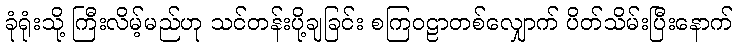
ခုံရုံးသို့ ကြီးလိမ့်မည်ဟု သင်တန်းပို့ချခြင်း စကြဝဠာတစ်လျှောက် ပိတ်သိမ်းပြီးနောက်